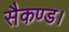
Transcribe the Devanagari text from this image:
सैकण्ड।